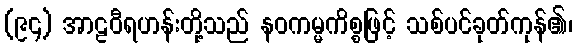
(၉၄) အာဠဝီရဟန်းတို့သည် နဝကမ္မကိစ္စဖြင့် သစ်ပင်ခုတ်ကုန်၏၊